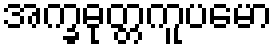
အက္ခဓုတ္တကူပမော